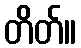
တိတ်။